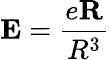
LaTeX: \textbf{E}=\frac{e\textbf{R}}{R^{3}}